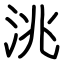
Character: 洮